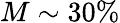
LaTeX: M\sim 30\%